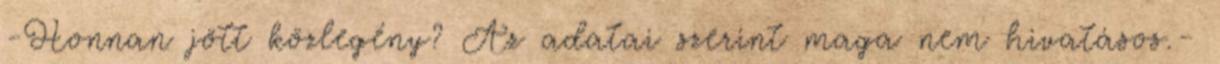
-Honnan jött közlegény? Az adatai szerint maga nem hivatásos.-